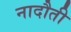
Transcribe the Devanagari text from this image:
नादौती